Education (Scotland) (War Service Superannuation) Act, 1939, 1939
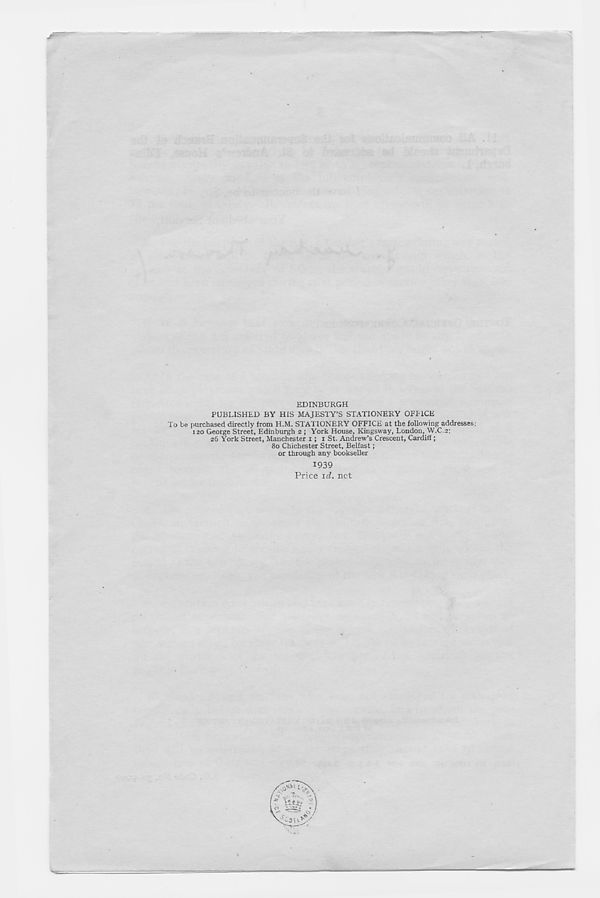
EDINBURGH
PUBLISHED BY HIS MAJESTY’S STATIONERY OFFICE
To be purchased directly from H.M. STATIONERY OFFICE at the following addresses:
120 George Street, Edinburgh 2 ; York House, Kingsway, London, W.C.2:
26 York Street, Manchester 1; 1 St. Andrew’s Crescent, Cardiff ;
80 Chichester Street, Belfast;
or through any bookseller
1939
Price id. net
*
—